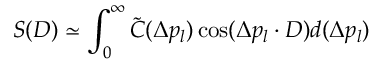
S ( D ) \simeq \int _ { 0 } ^ { \infty } \tilde { C } ( \Delta p _ { l } ) \cos ( \Delta p _ { l } \cdot D ) d ( \Delta p _ { l } )